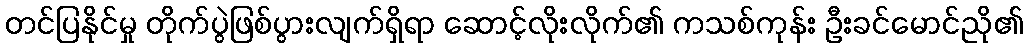
တင်ပြနိုင်မှု တိုက်ပွဲဖြစ်ပွားလျက်ရှိရာ ဆောင့်လိုးလိုက်၏ ကသစ်ကုန်း ဦးခင်မောင်ညို၏